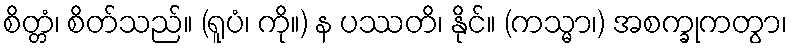
စိတ္တံ၊ စိတ်သည်။ (ရူပံ၊ ကို။) န ပဿတိ၊ နိုင်။ (ကသ္မာ၊) အစက္ခုကတွာ၊